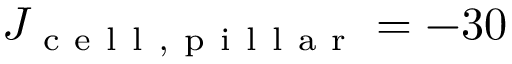
J _ { \mathrm { ~ c ~ e ~ l ~ l ~ , ~ p ~ i ~ l ~ l ~ a ~ r ~ } } = - 3 0